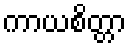
ကာယစိတ္တာ